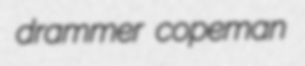
drammer copeman